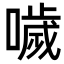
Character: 噦